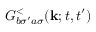
G _ { b \sigma ^ { \prime } a \sigma } ^ { < } ( \mathbf { k } ; t , t ^ { \prime } )